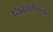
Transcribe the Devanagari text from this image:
निबंधलेखनात